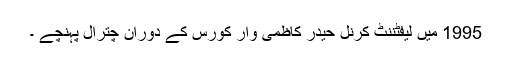
1995 میں لیفٹننٹ کرنل حیدر کاظمی وار کورس کے دوران چترال پہنچے ۔